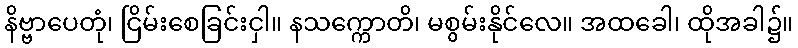
နိဗ္ဗာပေတုံ၊ ငြိမ်းစေခြင်းငှါ။ နသက္ကောတိ၊ မစွမ်းနိုင်လေ။ အထခေါ၊ ထိုအခါ၌။